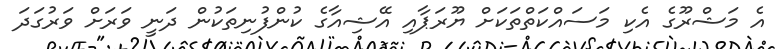
އެ މަޝްރޫގެ އެކި މަސައްކަތްތަކަށް ޔޫރަޕާއި އޭޝިއާގެ ކުންފުނިތަކުން ދަނީ ވަރަށް ވަރުގަދަ